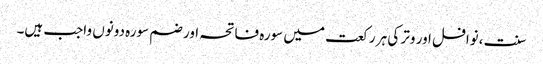
سنت ،نوافل اور وتر کی ہر رکعت میں سورہ فاتحہ اور ضم سورہ دونوں واجب ہیں۔